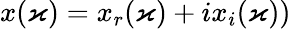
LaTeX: x(\varkappa)=x_{r}(\varkappa)+ix_{i}(\varkappa))